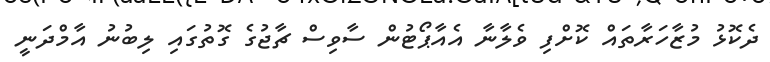
ދެކޮޅު މުޒާހަރާތައް ކޮށްފި ވެލާނާ އެއާޕޯޓުން ސާވިސް ޗާޖުގެ ގޮތުގައި ލިބުނު އާމްދަނީ